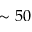
\sim 5 0